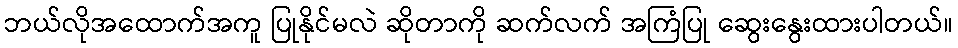
ဘယ်လိုအထောက်အကူ ပြုနိုင်မလဲ ဆိုတာကို ဆက်လက် အကြံပြု ဆွေးနွေးထားပါတယ်။